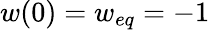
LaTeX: w(0)=w_{eq}=-1